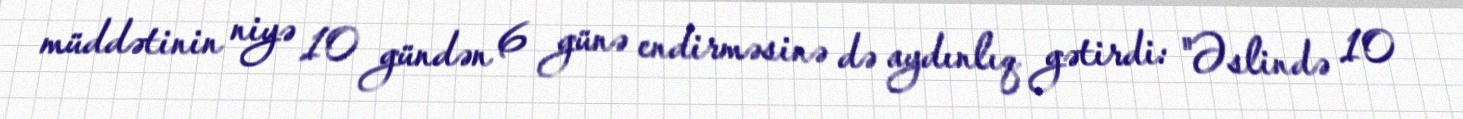
müddətinin niyə 10 gündən 6 günə endirməsinə də aydınlıq gətirdi: "Əslində 10